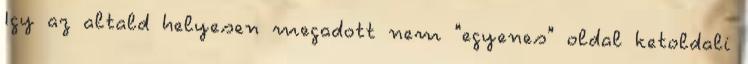
Igy az altald helyesen megadott nem "egyenes" oldal ketoldali